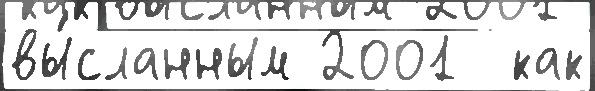
вы́сланным 2001  как